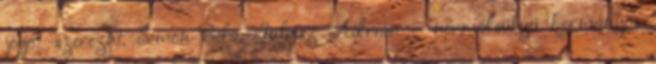
jogot szerezni. Simon Béla, Juhász Adrián – normálsúlyú kormányos